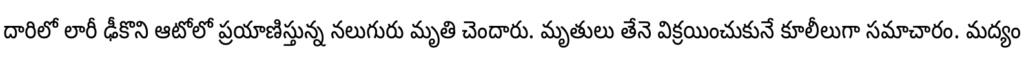
దారిలో లారీ ఢీకొని ఆటోలో ప్రయాణిస్తున్న నలుగురు మృతి చెందారు. మృతులు తేనె విక్రయించుకునే కూలీలుగా సమాచారం. మద్యం